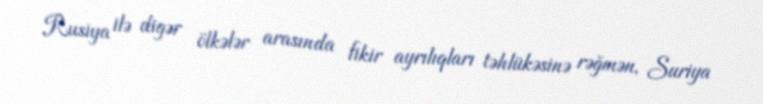
Rusiya ilə digər ölkələr arasında fikir ayrılıqları təhlükəsinə rəğmən, Suriya